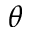
\theta